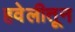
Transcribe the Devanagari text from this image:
हवेलीतून